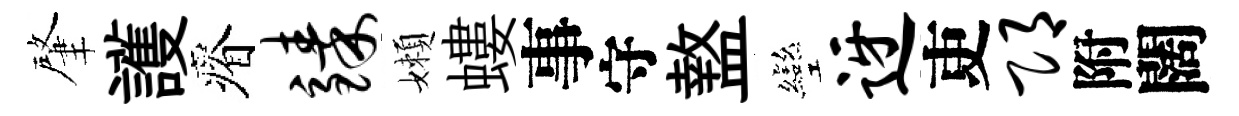
肇護瘠臻嬾螻事守盩彎迓吏邛附闊